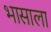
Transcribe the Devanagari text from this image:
भासाला